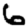
Digit: 6